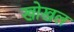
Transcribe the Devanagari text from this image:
खोखल